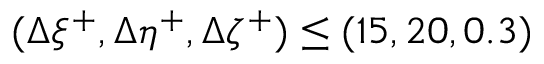
( \Delta \xi ^ { + } , \Delta \eta ^ { + } , \Delta \zeta ^ { + } ) \leq ( 1 5 , 2 0 , 0 . 3 )